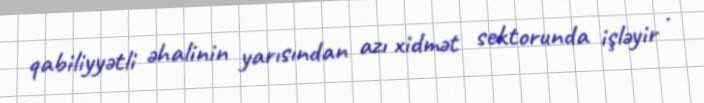
qabiliyyətli əhalinin yarısından azı xidmət sektorunda işləyir .